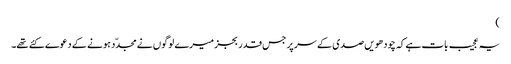
)
یہ عجیب بات ہے کہ چودھویں صدی کے سر پر جس قدر بجز میرے لوگوں نے مجدّد ہونے کے دعوے کئے تھے۔